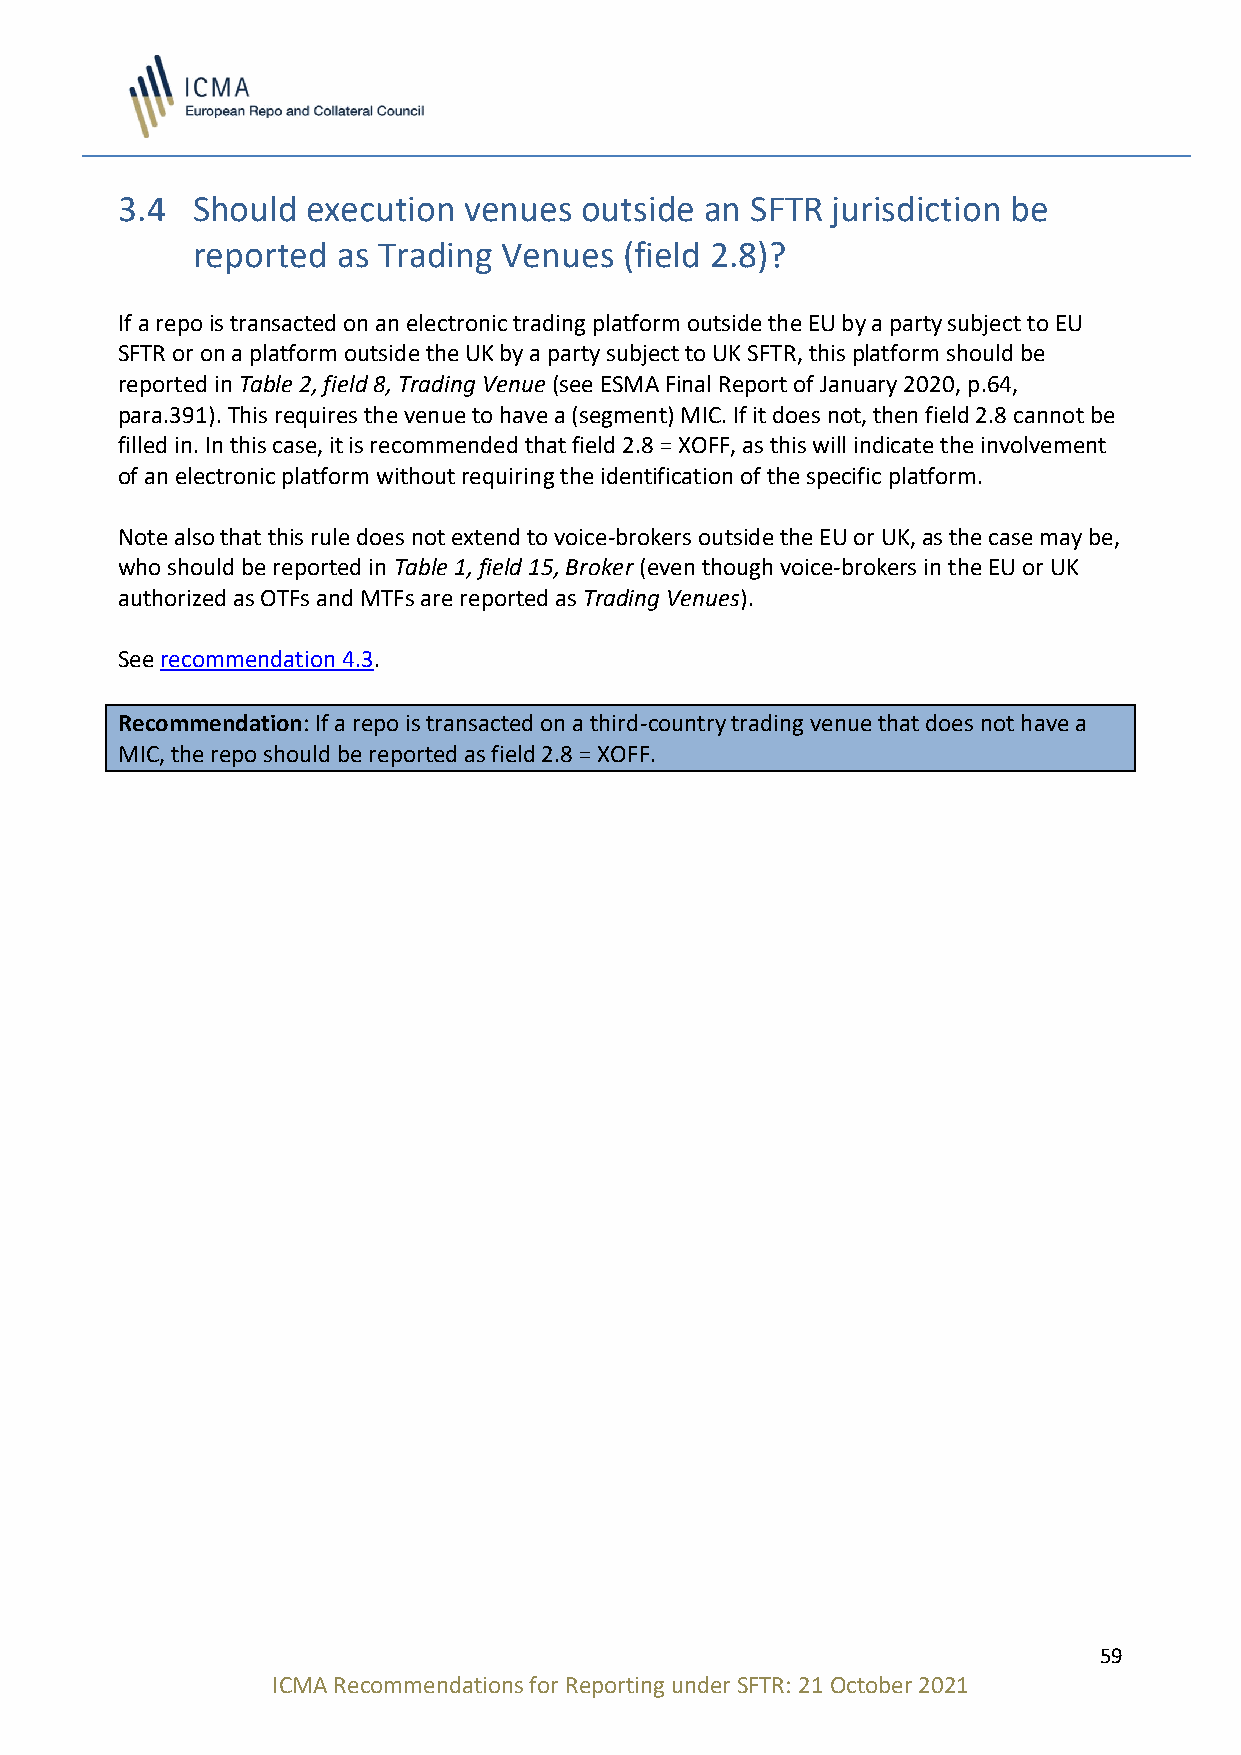
3.4  Should execution  venues outside  an SFTR jurisdiction be
 reported as Trading Venues  (field 2.8)?
 If a repo is transacted on an electronic trading platform outside the EU by a party subject to EU
 SFTR or on a platform outside the UK by a party subject to UK SFTR, this platform should be
 reported in Table 2, field 8, Trading Venue (see ESMA Final Report of January 2020, p.64,
 para.391). This requires the venue to have a (segment) MIC. If it does not, then field 2.8 cannot be
 filled in. In this case, it is recommended that field 2.8 = XOFF, as this will indicate the involvement
 of an electronic platform without requiring the identification of the specific platform.
 Note also that this rule does not extend to voice-brokers outside the EU or UK, as the case may be,
 who should be reported in Table 1, field 15, Broker (even though voice-brokers in the EU or UK
 authorized as OTFs and MTFs are reported as Trading Venues).
 See recommendation 4.3.
 Recommendation: If a repo is transacted on a third-country trading venue that does not have a
 MIC, the repo should be reported as field 2.8 = XOFF.
 59
 ICMA Recommendations for Reporting under SFTR: 21 October 2021